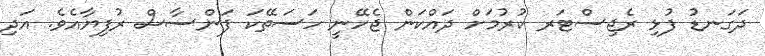
ދަގަނޑު ފުޅި ރެޖިސްޓަރ ކުރުމަށް ދައްކަން ޖެހޭނީ ހަސަތޭކަ ފަންސާސް ރުފިޔާއެވެ. އަދި